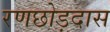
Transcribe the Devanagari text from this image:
रणछोड़दास